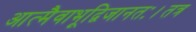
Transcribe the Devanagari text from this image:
आत्मैवाभूद्विजानतः।तत्र